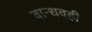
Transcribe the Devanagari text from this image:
बान्धवही